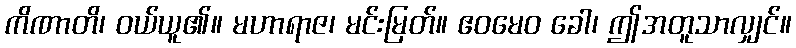
ကိဏာတိ၊ ဝယ်ယူ၏။ မဟာရာဇ၊ မင်းမြတ်။ ဧဝမေဝ ခေါ၊ ဤအတူသာလျှင်။